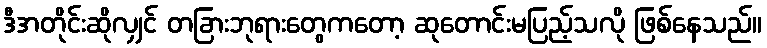
ဒီအတိုင်းဆိုလျှင် တခြားဘုရားတွေကတော့ ဆုတောင်းမပြည့်သလို ဖြစ်နေသည်။